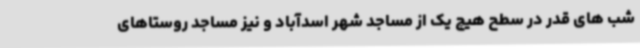
شب های قدر در سطح هیچ یک از مساجد شهر اسدآباد و نیز مساجد روستاهای